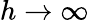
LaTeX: h\to\infty